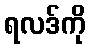
ရလဒ်ကို